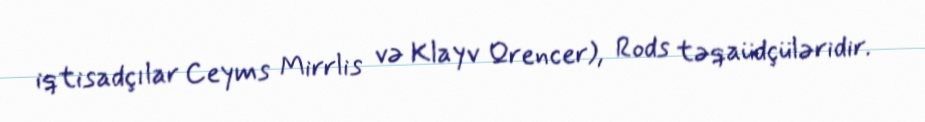
iqtisadçılar Ceyms Mirrlis və Klayv Qrencer), Rods təqaüdçüləridir.